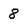
Character: 8